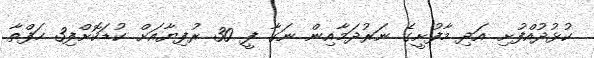
ކުޅުދުއްފުށި އަދި މާފުށީގެ ނަރުދަމާއިން ނަގާ ފީ 30 ރުފިޔާއަށް ކުޑަކޮށްފި3 ހަފްތާ